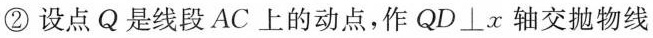
②设点Q是线段AC上的动点，作$$QD\perp x$$轴交抛物线